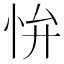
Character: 𭜢